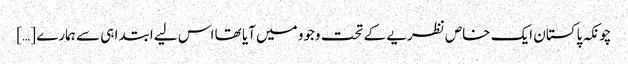
چونکہ پاکستان ایک خاص نظریے کے تحت وجوو میں آیا تھا اس لیے ابتدا ہی سے ہمارے […]